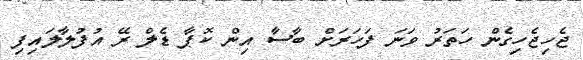
ޖެހިޖެހިގެން ހަތަރު ވަނަ ފަހަރަށް ބާސާ އިން ކޮޕާ ޑެލް ރޭ އުފުލާލައިފި